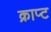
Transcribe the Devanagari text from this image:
क्राप्ट